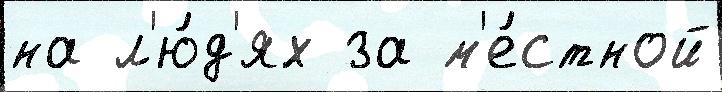
на л'ю́д'ях за м'е́стной